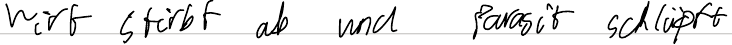
Wirt stirbt ab und Parasit schlüpft